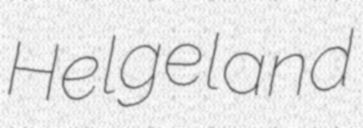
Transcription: Helgeland